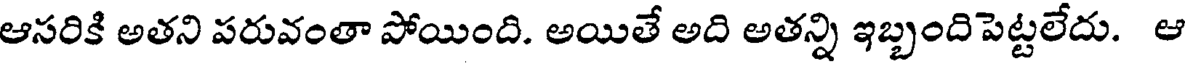
ఆసరికి అతని పరువంతా పోయింది. అయితే అది అతన్ని ఇబ్బందిపెట్టలేదు. ఆ